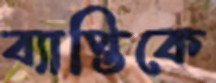
ব্যাপ্তিকে